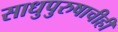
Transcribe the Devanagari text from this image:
साधुपुरुषाचीही